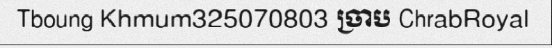
Tboung Khmum325070803 ច្រាប ChrabRoyal